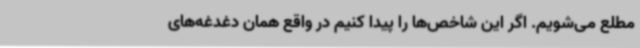
مطلع می‌شویم. اگر این شاخص‌ها را پیدا کنیم در واقع همان دغدغه‌های